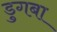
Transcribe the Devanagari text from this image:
डुगबा